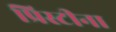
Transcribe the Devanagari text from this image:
प्रिस्टीना